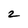
Character: 2